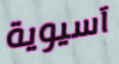
آسيوية